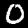
Label: 0